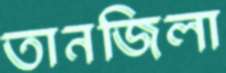
তানজিলা